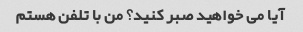
آیا می خواهید صبر کنید؟ من با تلفن هستم